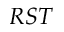
R S T